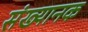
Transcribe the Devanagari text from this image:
संख्यानक